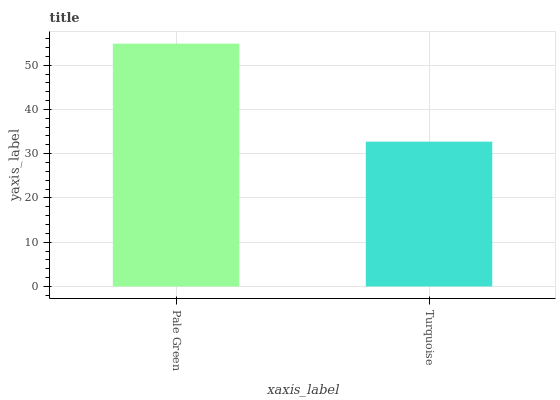
| xaxis_label | bars |
 | --- | --- |
 | Pale Green | 54.9 |
 | Turquoise | 32.7 |